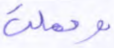
وحملت